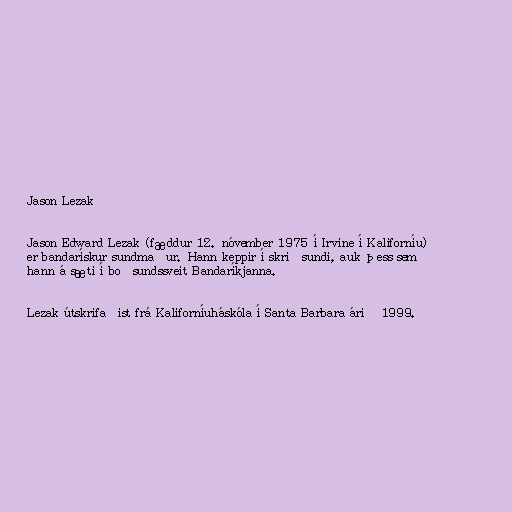
Jason Lezak

Jason Edward Lezak (fæddur 12. nóvember 1975 í Irvine í Kaliforníu)
er bandarískur sundmaður. Hann keppir í skriðsundi, auk þess sem
hann á sæti í boðsundssveit Bandaríkjanna.

Lezak útskrifaðist frá Kaliforníuháskóla í Santa Barbara árið 1999.